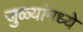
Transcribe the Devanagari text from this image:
जुळ्यांमध्ये